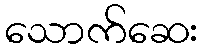
သောက်ဆေး